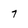
Character: 7